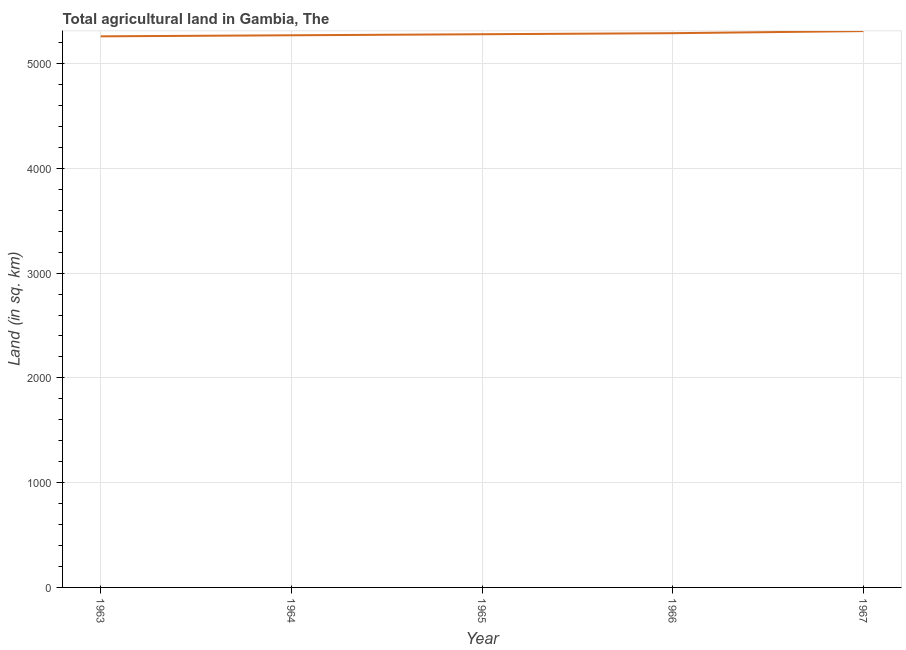
| Year | Agricultural land (sq. km) |
 | --- | --- |
 | 1963 | 5.26e+03 |
 | 1964 | 5.27e+03 |
 | 1965 | 5.28e+03 |
 | 1966 | 5.29e+03 |
 | 1967 | 5.31e+03 |